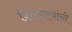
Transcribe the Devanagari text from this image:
शिकार्‍यांनी